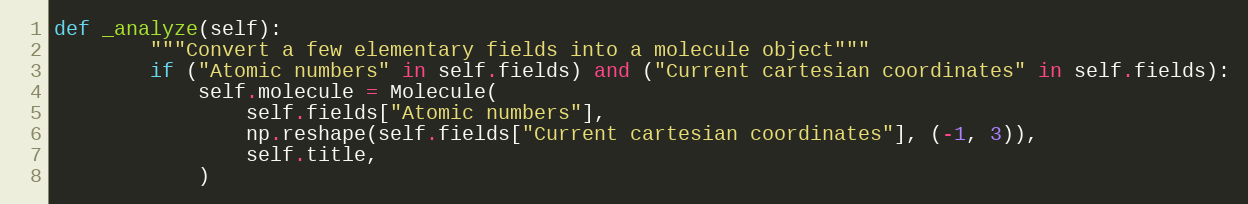
Language: Python
def _analyze(self):
        """Convert a few elementary fields into a molecule object"""
        if ("Atomic numbers" in self.fields) and ("Current cartesian coordinates" in self.fields):
            self.molecule = Molecule(
                self.fields["Atomic numbers"],
                np.reshape(self.fields["Current cartesian coordinates"], (-1, 3)),
                self.title,
            )